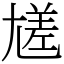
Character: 㞉